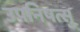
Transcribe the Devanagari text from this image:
उपनिषत्सु